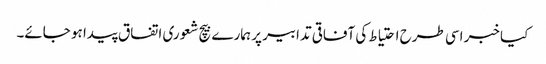
کیا خبر اسی طرح احتیاط کی آفاقی تدابیر پر ہمارے بیچ شعوری اتفاق پیدا ہو جائے۔